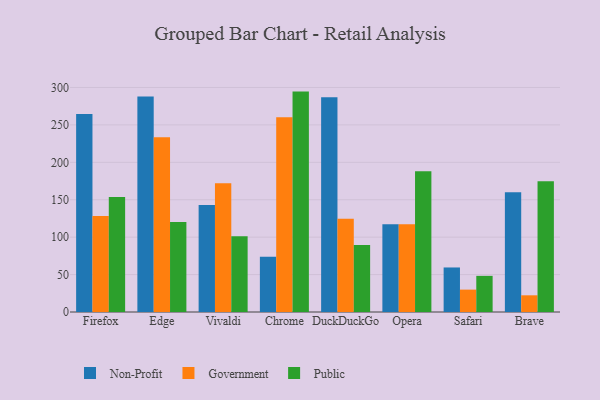
{"axis": {"x": "Browser", "y": "Energy Usage (MWh)"}, "legend": ["Government", "Non-Profit", "Public"], "data": [{"x": "Firefox", "y": 264.5, "type": "Non-Profit"}, {"x": "Firefox", "y": 128.4, "type": "Government"}, {"x": "Firefox", "y": 153.6, "type": "Public"}, {"x": "Edge", "y": 288.0, "type": "Non-Profit"}, {"x": "Edge", "y": 233.5, "type": "Government"}, {"x": "Edge", "y": 120.1, "type": "Public"}, {"x": "Vivaldi", "y": 143.1, "type": "Non-Profit"}, {"x": "Vivaldi", "y": 171.9, "type": "Government"}, {"x": "Vivaldi", "y": 101.2, "type": "Public"}, {"x": "Chrome", "y": 73.9, "type": "Non-Profit"}, {"x": "Chrome", "y": 260.3, "type": "Government"}, {"x": "Chrome", "y": 294.5, "type": "Public"}, {"x": "DuckDuckGo", "y": 286.9, "type": "Non-Profit"}, {"x": "DuckDuckGo", "y": 124.7, "type": "Government"}, {"x": "DuckDuckGo", "y": 89.6, "type": "Public"}, {"x": "Opera", "y": 117.2, "type": "Non-Profit"}, {"x": "Opera", "y": 117.1, "type": "Government"}, {"x": "Opera", "y": 188.2, "type": "Public"}, {"x": "Safari", "y": 59.5, "type": "Non-Profit"}, {"x": "Safari", "y": 29.9, "type": "Government"}, {"x": "Safari", "y": 48.3, "type": "Public"}, {"x": "Brave", "y": 160.1, "type": "Non-Profit"}, {"x": "Brave", "y": 22.3, "type": "Government"}, {"x": "Brave", "y": 174.6, "type": "Public"}]}